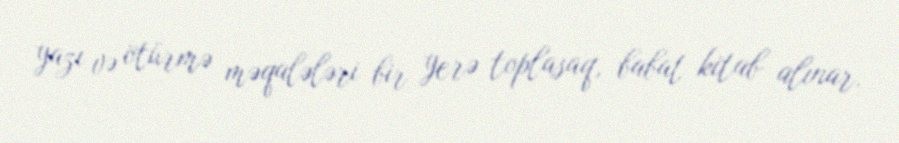
yazı və ötürmə məqalələri bir yerə toplasaq, babat kitab alınar.